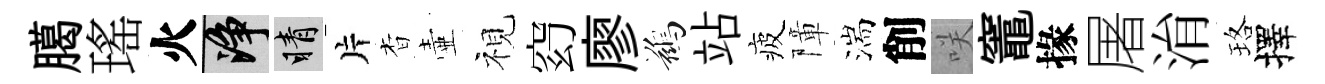
臈瑤火净睛片杳壷視𥥆廖鷀站疲障湍削咲竈掾屠㳙珞擇